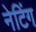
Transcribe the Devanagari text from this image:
नेटिंग